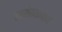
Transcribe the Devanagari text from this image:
स्वसंरक्षणार्थ